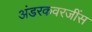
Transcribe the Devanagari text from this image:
अंडरकवरजींस